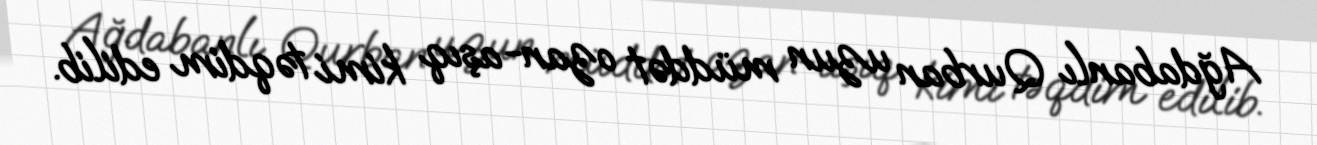
Ağdabanlı Qurban uzun müddət ozan-aşıq kimi təqdim edilib.